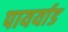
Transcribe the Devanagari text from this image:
पायर्याड